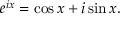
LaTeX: e ^ { i x } = \cos x + i \sin x .